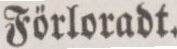
Förloradt.